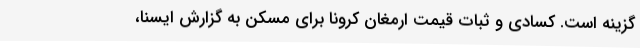
گزینه است. کسادی و ثبات قیمت ارمغان کرونا برای مسکن به گزارش ایسنا،